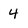
Character: 4